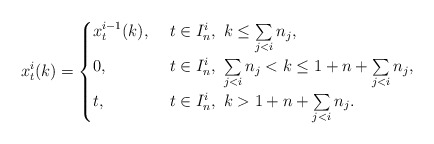
\begin{align*}x_{t}^i(k)=\begin{cases}x_{t}^{i-1}(k), & \ t\in I_n^{i}, \ k\le \sum\limits_{j< i}n_j,\\0, & \ t\in I_n^i, \ \sum\limits_{j< i}n_j< k\le 1+n+ \sum\limits_{j< i}n_j,\\t, & \ t\in I_n^i, \ k>1+n+ \sum\limits_{j< i}n_j.\end{cases}\end{align*}